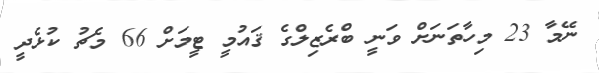
ނޭމާ 23 މިހާތަނަށް ވަނީ ބްރެޒިލްގެ ޤައުމީ ޓީމަށް 66 މެޗު ކުޅެދީ